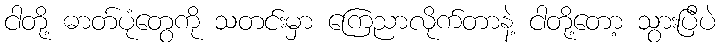
ငါတို့ ဓာတ်ပုံတွေကို သတင်းမှာ ကြေညာလိုက်တာနဲ့ ငါတို့တော့ သွားပြီပဲ